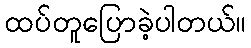
ထပ်တူပြောခဲ့ပါတယ်။